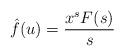
LaTeX: \begin{align*} \hat{f}(u) = \frac{x^{s}F(s)}{s} \;\;\;\; \end{align*}